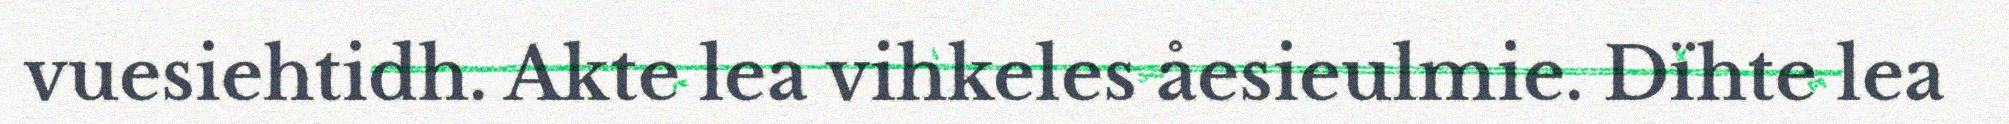
vuesiehtidh. Akte lea vihkeles åesieulmie. Dïhte lea